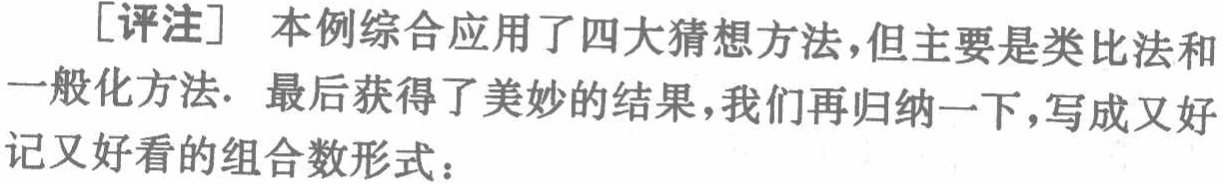
[评注] 本例综合应用了四大猜想方法,但主要是类比法和一般化方法. 最后获得了美妙的结果,我们再归纳一下,写成又好记又好看的组合数形式：